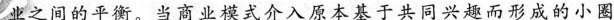
业之间的平衡。当商业模式介入原本基于共同兴趣而形成的小圈